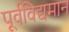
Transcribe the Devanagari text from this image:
पूर्वविद्यमान